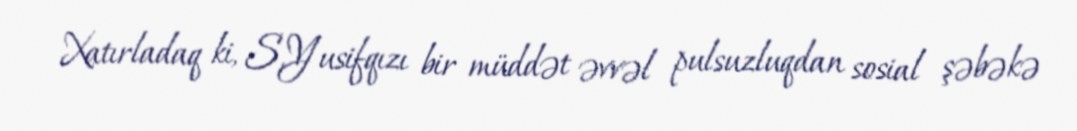
Xatırladaq ki, S.Yusifqızı bir müddət əvvəl pulsuzluqdan sosial şəbəkə